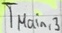
Text: TMain,3